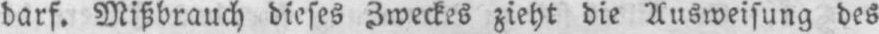
darf. Mißbrauch dieses Zweckes zieht die Ausweisung des